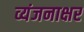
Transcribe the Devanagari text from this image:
व्यंजनाक्षर